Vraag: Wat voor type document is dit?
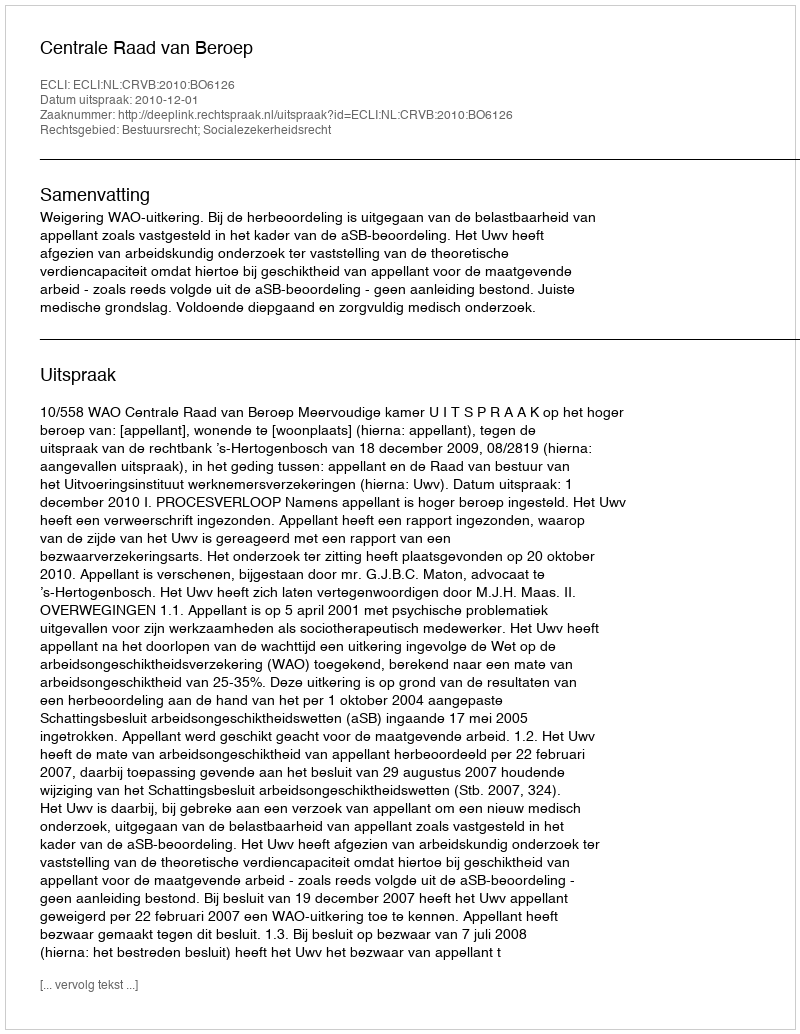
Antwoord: Uitspraak